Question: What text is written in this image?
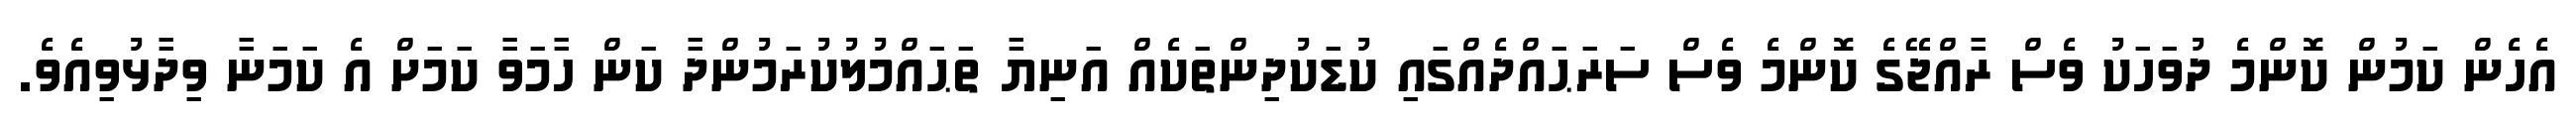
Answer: އެހެން ކަމުން ކޮންމެ ދުވަހަކު ވެސް ރާއްޖޭގެ ކޮންމެ ވެސް ސަރަޙައްދެއްގައި ކުޑަކުދިންތަކެއް އަނިޔާ ތަޙައްމުލުކުރަމުންދާ ކަން ހާމަވާ ކަމަށް އެ ކަމަނާ ވިދާޅުވިއެވެ.